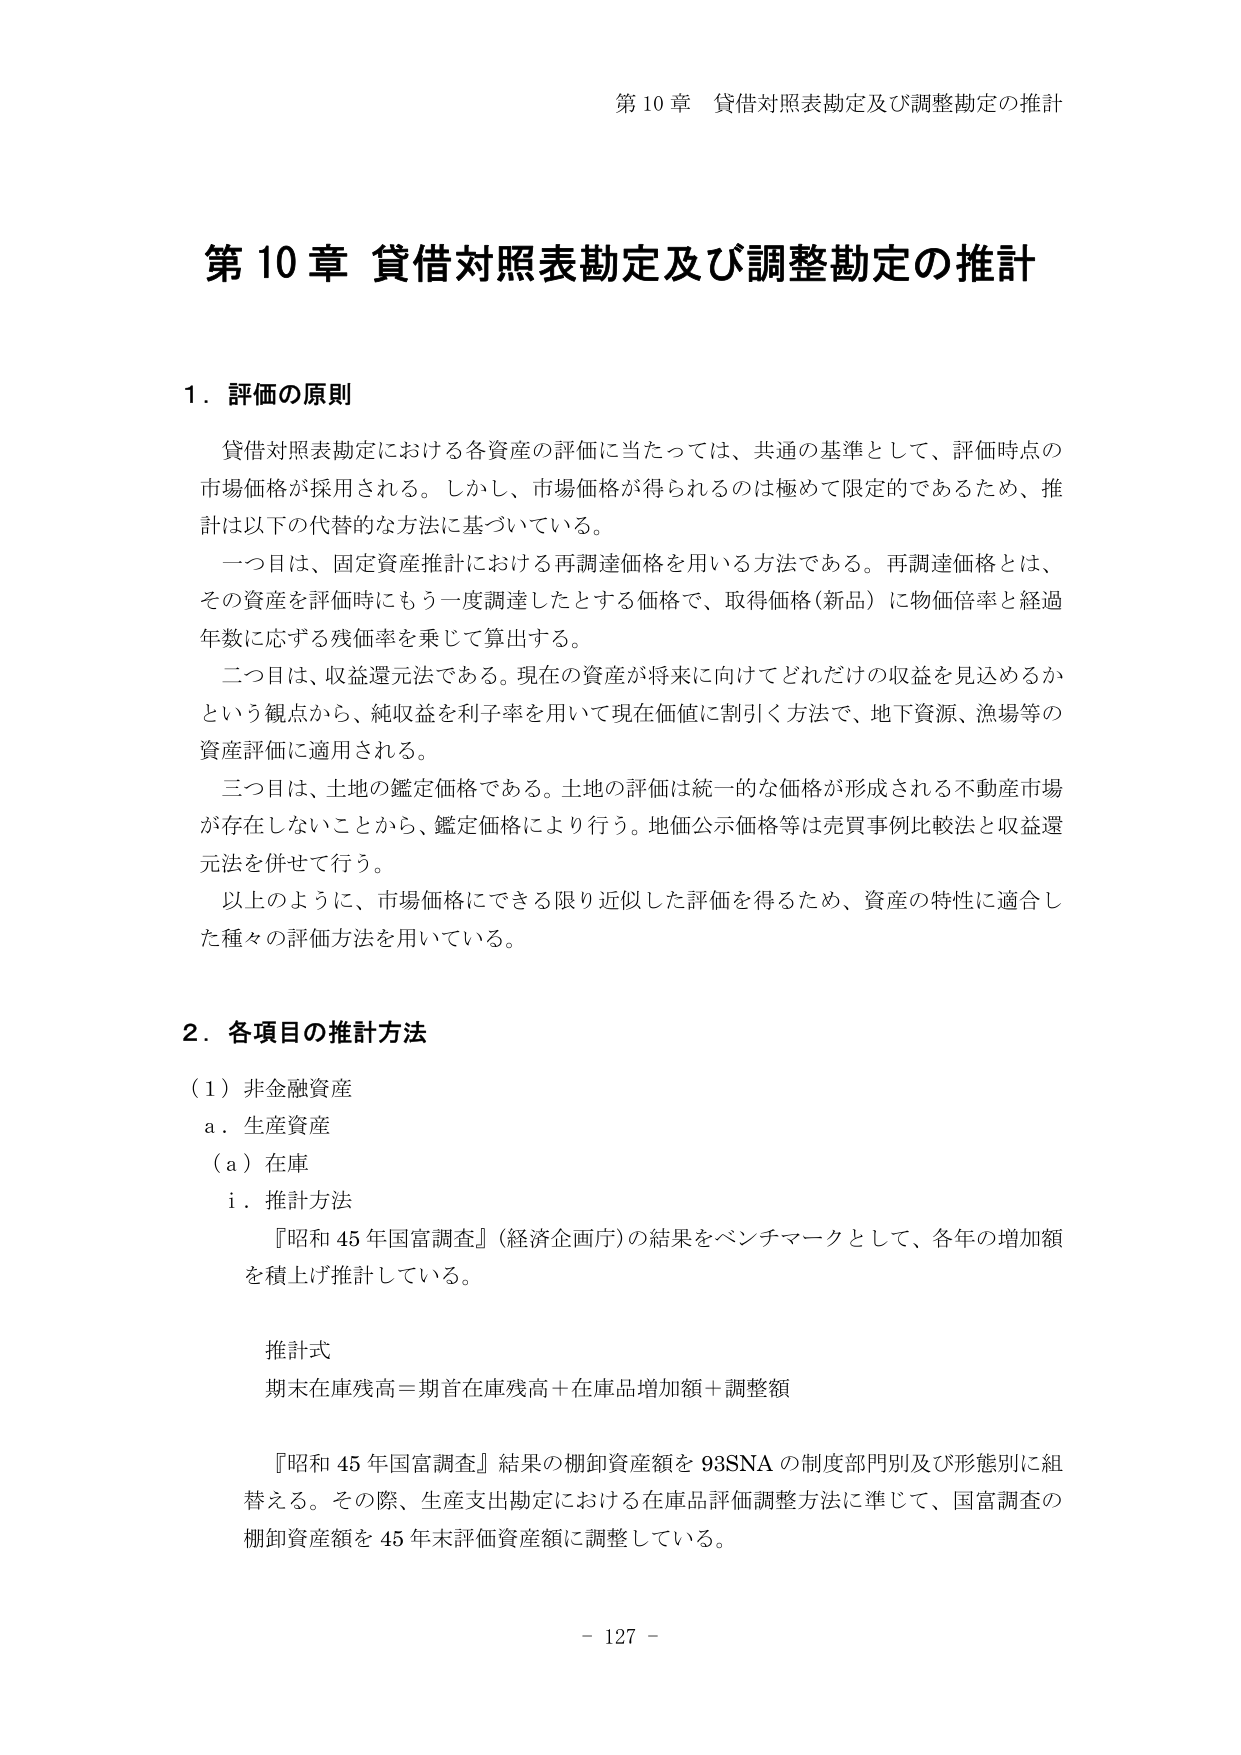
第10章 貸借対照表勘定及び調整勘定の推計

第10章 貸借対照表勘定及び調整勘定の推計

1．評価の原則

貸借対照表勘定における各資産の評価に当たっては、共通の基準として、評価時点の市場価格が採用される。しかし、市場価格が得られるのは極めて限定的であるため、推計は以下の代替的な方法に基づいている。

一目は、固定資産推計における再調達価格を用いる方法である。再調達価格とは、その資産を評価時にもう一度調達したとする価格で、取得価格（新品）に物価倍率と経過年数に応ずる残価率を乗じて算出する。

二目は、収益還元法である。現在の資産が将来に向けてどれだけの収益を見込めるかという観点から、純収益を利子率を用いて現在価値に割引く方法で、地下資源、漁場等の資産評価に適用される。

三目は、土地の鑑定価格である。土地の評価は統一的な価格が形成される不動産市場が存在しないことから、鑑定価格により行う。地価公示価格等は売買事例比較法と収益還元法を併せて行う。

以上のように、市場価格にできる限り近似した評価を得るため、資産の特性に適合した種々の評価方法を用いている。

2．各項目の推計方法

（1）非金融資産
a．生産資産
（a）在庫
i．推計方法
『昭和45年国富調査』（経済企画庁）の結果をベンチマークとして、各年の増加額を積上げ推計している。

推計式
期末在庫残高＝期首在庫残高＋在庫品増加額＋調整額

『昭和45年国富調査』結果の棚卸資産額を93SNAの制度部門別及び形態別に組替える。その際、生産支出勘定における在庫品評価調整方法に準じて、国富調査の棚卸資産額を45年末評価資産額に調整している。

- 127 -